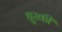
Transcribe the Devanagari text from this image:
धुरकी